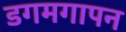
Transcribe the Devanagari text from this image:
डगमगापन